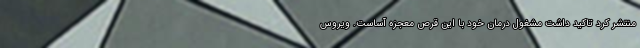
منتشر کرد تاکید داشت مشغول درمان خود با این قرص معجزه آساست. ویروس